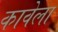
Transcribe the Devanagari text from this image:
कावेला